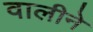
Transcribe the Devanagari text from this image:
वालीने